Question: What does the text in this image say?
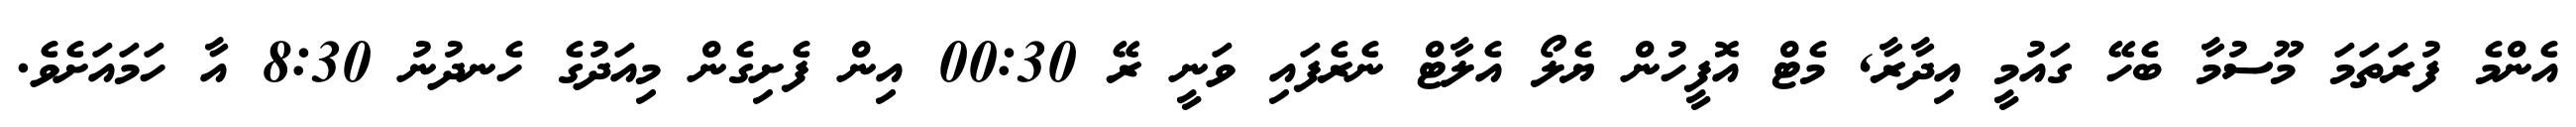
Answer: އެންމެ ފުރަތަމަ މޫސުމާ ބެހޭ ގައުމީ އިދާރާ, މެޓް އޮފީހުން ޔެލޯ އެލާޓް ނެރެފައި ވަނީ ރޭ 00:30 އިން ފެށިގެން މިއަދުގެ ހެނދުނު 8:30 އާ ހަމައަށެވެ.